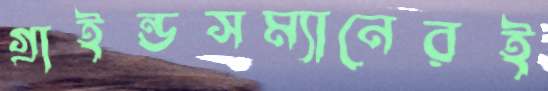
গ্রাইন্ডসম্যানেরই